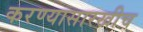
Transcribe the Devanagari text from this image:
करण्यासारखीच